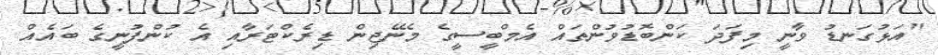
"އަޅުގަނޑު ވާނީ މިފަދަ ކަންބޮޑުވުންތައް އެމްބީސީގެ މެނޭޖިން ޑިރެކްޓަރާއި އެ ކުންފުނީގެ ބައެއް